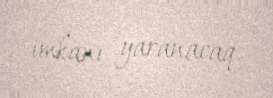
imkanı yaranacaq.